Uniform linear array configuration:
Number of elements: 4
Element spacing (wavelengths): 0.5
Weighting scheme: blackman
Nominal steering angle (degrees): -30
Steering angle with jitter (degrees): -28.919
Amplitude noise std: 0.05
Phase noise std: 0.05

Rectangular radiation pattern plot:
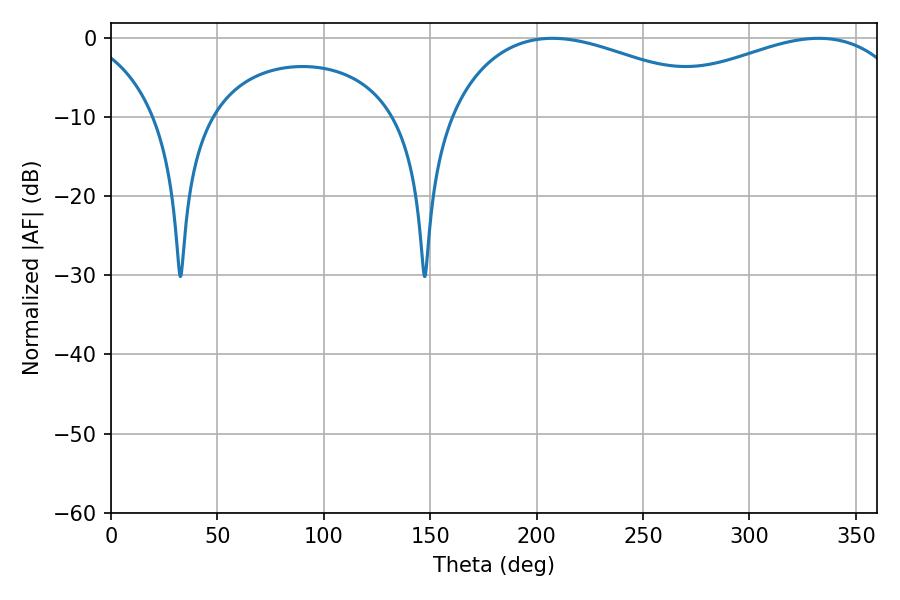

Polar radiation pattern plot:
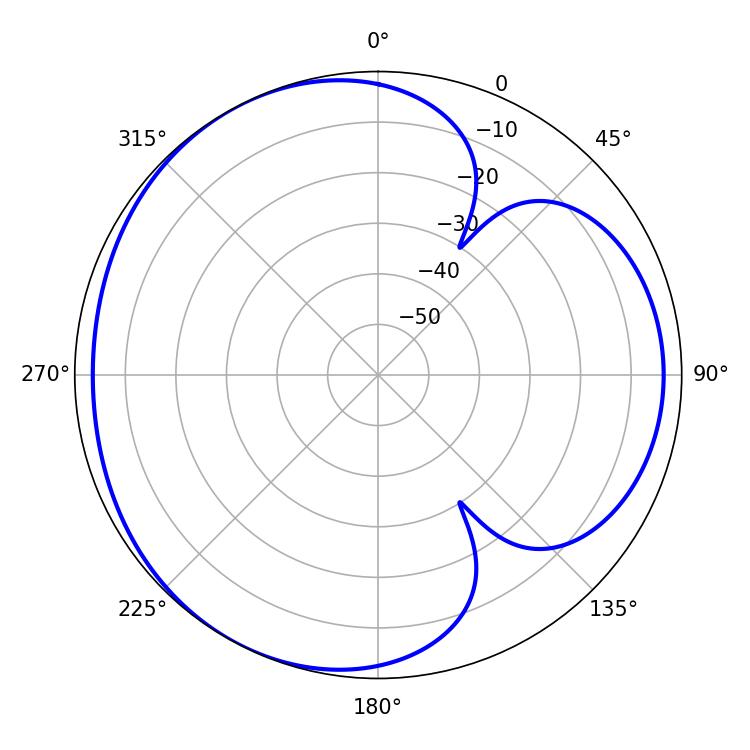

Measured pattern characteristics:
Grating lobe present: FALSE
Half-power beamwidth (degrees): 76.14
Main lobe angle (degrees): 207.54